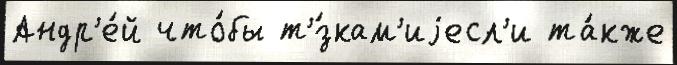
Андр'е́й что́бы т'́зкам'иjесл'и та́кже